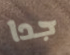
جدا